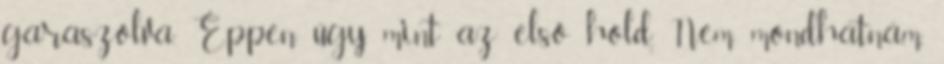
garaszolva. Éppen úgy, mint az első hold. Nem mondhatnám,